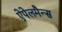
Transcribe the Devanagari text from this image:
ऐपेलमैन्स